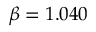
\beta = 1 . 0 4 0